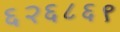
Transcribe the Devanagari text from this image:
६२६८६९